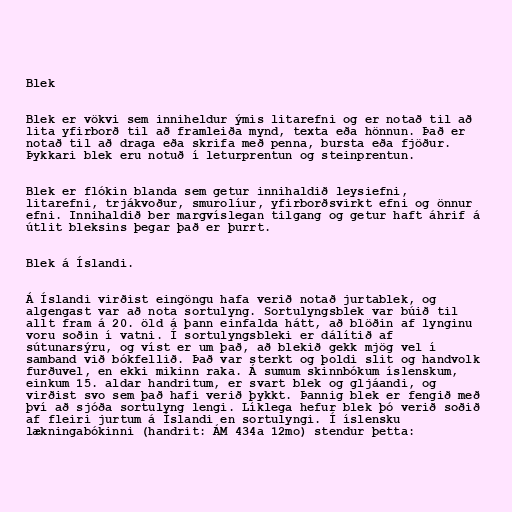
Blek

Blek er vökvi sem inniheldur ýmis litarefni og er notað til að
lita yfirborð til að framleiða mynd, texta eða hönnun. Það er
notað til að draga eða skrifa með penna, bursta eða fjöður.
Þykkari blek eru notuð í leturprentun og steinprentun.

Blek er flókin blanda sem getur innihaldið leysiefni,
litarefni, trjákvoður, smurolíur, yfirborðsvirkt efni og önnur
efni. Innihaldið ber margvíslegan tilgang og getur haft áhrif á
útlit bleksins þegar það er þurrt.

Blek á Íslandi.

Á Íslandi virðist eingöngu hafa verið notað jurtablek, og
algengast var að nota sortulyng. Sortulyngsblek var búið til
allt fram á 20. öld á þann einfalda hátt, að blöðin af lynginu
voru soðin í vatni. Í sortulyngsbleki er dálítið af
sútunarsýru, og víst er um það, að blekið gekk mjög vel í
samband við bókfellið. Það var sterkt og þoldi slit og handvolk
furðuvel, en ekki mikinn raka. Á sumum skinnbókum íslenskum,
einkum 15. aldar handritum, er svart blek og gljáandi, og
virðist svo sem það hafi verið þykkt. Þannig blek er fengið með
því að sjóða sortulyng lengi. Líklega hefur blek þó verið soðið
af fleiri jurtum á Íslandi en sortulyngi. Í íslensku
lækningabókinni (handrit: ÁM 434a 12mo) stendur þetta: